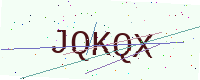
Text: JQKQX